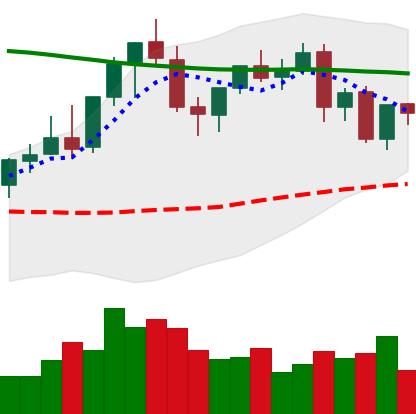
Ticker: EOS-USD
Chart end date: 2021-08-28
Forward return: 5.258%
Label: up_5_7